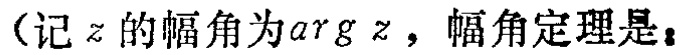
（记\(z\)的幅角为\(\arg z\)，幅角定理是：